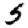
Digit: 5